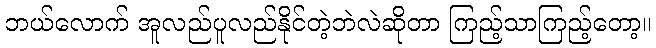
ဘယ်လောက် အူလည်ပူလည်နိုင်တဲ့ဘဲလဲဆိုတာ ကြည့်သာကြည့်တော့။